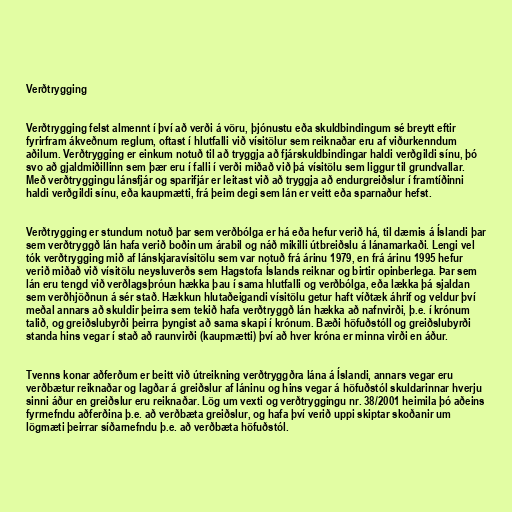
Verðtrygging

Verðtrygging felst almennt í því að verði á vöru, þjónustu eða skuldbindingum sé breytt eftir
fyrirfram ákveðnum reglum, oftast í hlutfalli við vísitölur sem reiknaðar eru af viðurkenndum
aðilum. Verðtrygging er einkum notuð til að tryggja að fjárskuldbindingar haldi verðgildi sínu, þó
svo að gjaldmiðillinn sem þær eru í falli í verði miðað við þá vísitölu sem liggur til grundvallar.
Með verðtryggingu lánsfjár og sparifjár er leitast við að tryggja að endurgreiðslur í framtíðinni
haldi verðgildi sínu, eða kaupmætti, frá þeim degi sem lán er veitt eða sparnaður hefst.

Verðtrygging er stundum notuð þar sem verðbólga er há eða hefur verið há, til dæmis á Íslandi þar
sem verðtryggð lán hafa verið boðin um árabil og náð mikilli útbreiðslu á lánamarkaði. Lengi vel
tók verðtrygging mið af lánskjaravísitölu sem var notuð frá árinu 1979, en frá árinu 1995 hefur
verið miðað við vísitölu neysluverðs sem Hagstofa Íslands reiknar og birtir opinberlega. Þar sem
lán eru tengd við verðlagsþróun hækka þau í sama hlutfalli og verðbólga, eða lækka þá sjaldan
sem verðhjöðnun á sér stað. Hækkun hlutaðeigandi vísitölu getur haft víðtæk áhrif og veldur því
meðal annars að skuldir þeirra sem tekið hafa verðtryggð lán hækka að nafnvirði, þ.e. í krónum
talið, og greiðslubyrði þeirra þyngist að sama skapi í krónum. Bæði höfuðstóll og greiðslubyrði
standa hins vegar í stað að raunvirði (kaupmætti) því að hver króna er minna virði en áður.

Tvenns konar aðferðum er beitt við útreikning verðtryggðra lána á Íslandi, annars vegar eru
verðbætur reiknaðar og lagðar á greiðslur af láninu og hins vegar á höfuðstól skuldarinnar hverju
sinni áður en greiðslur eru reiknaðar. Lög um vexti og verðtryggingu nr. 38/2001 heimila þó aðeins
fyrrnefndu aðferðina þ.e. að verðbæta greiðslur, og hafa því verið uppi skiptar skoðanir um
lögmæti þeirrar síðarnefndu þ.e. að verðbæta höfuðstól.